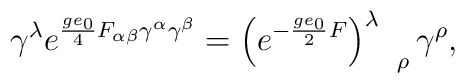
\gamma^{\lambda}e^{\frac{ge_{0}}{4}F_{\alpha\beta}\gamma^{\alpha}\gamma^{\beta}}=\left(e^{-\frac{ge_{0}}{2}F}\right)^{\lambda}_{\quad\rho}\gamma^{\rho},